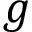
g